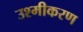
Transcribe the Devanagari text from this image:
उश्मीकरण